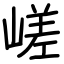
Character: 嵯